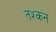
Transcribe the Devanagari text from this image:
तश्कन